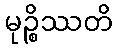
မုဉ္စိဿတိ